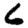
Digit: 6